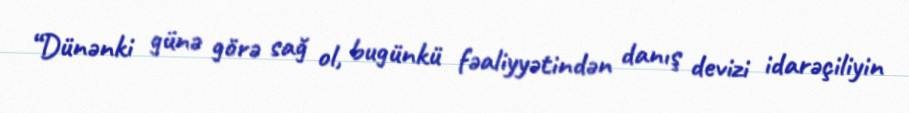
“Dünənki günə görə sağ ol, bugünkü fəaliyyətindən danış devizi idarəçiliyin